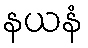
နယနံ